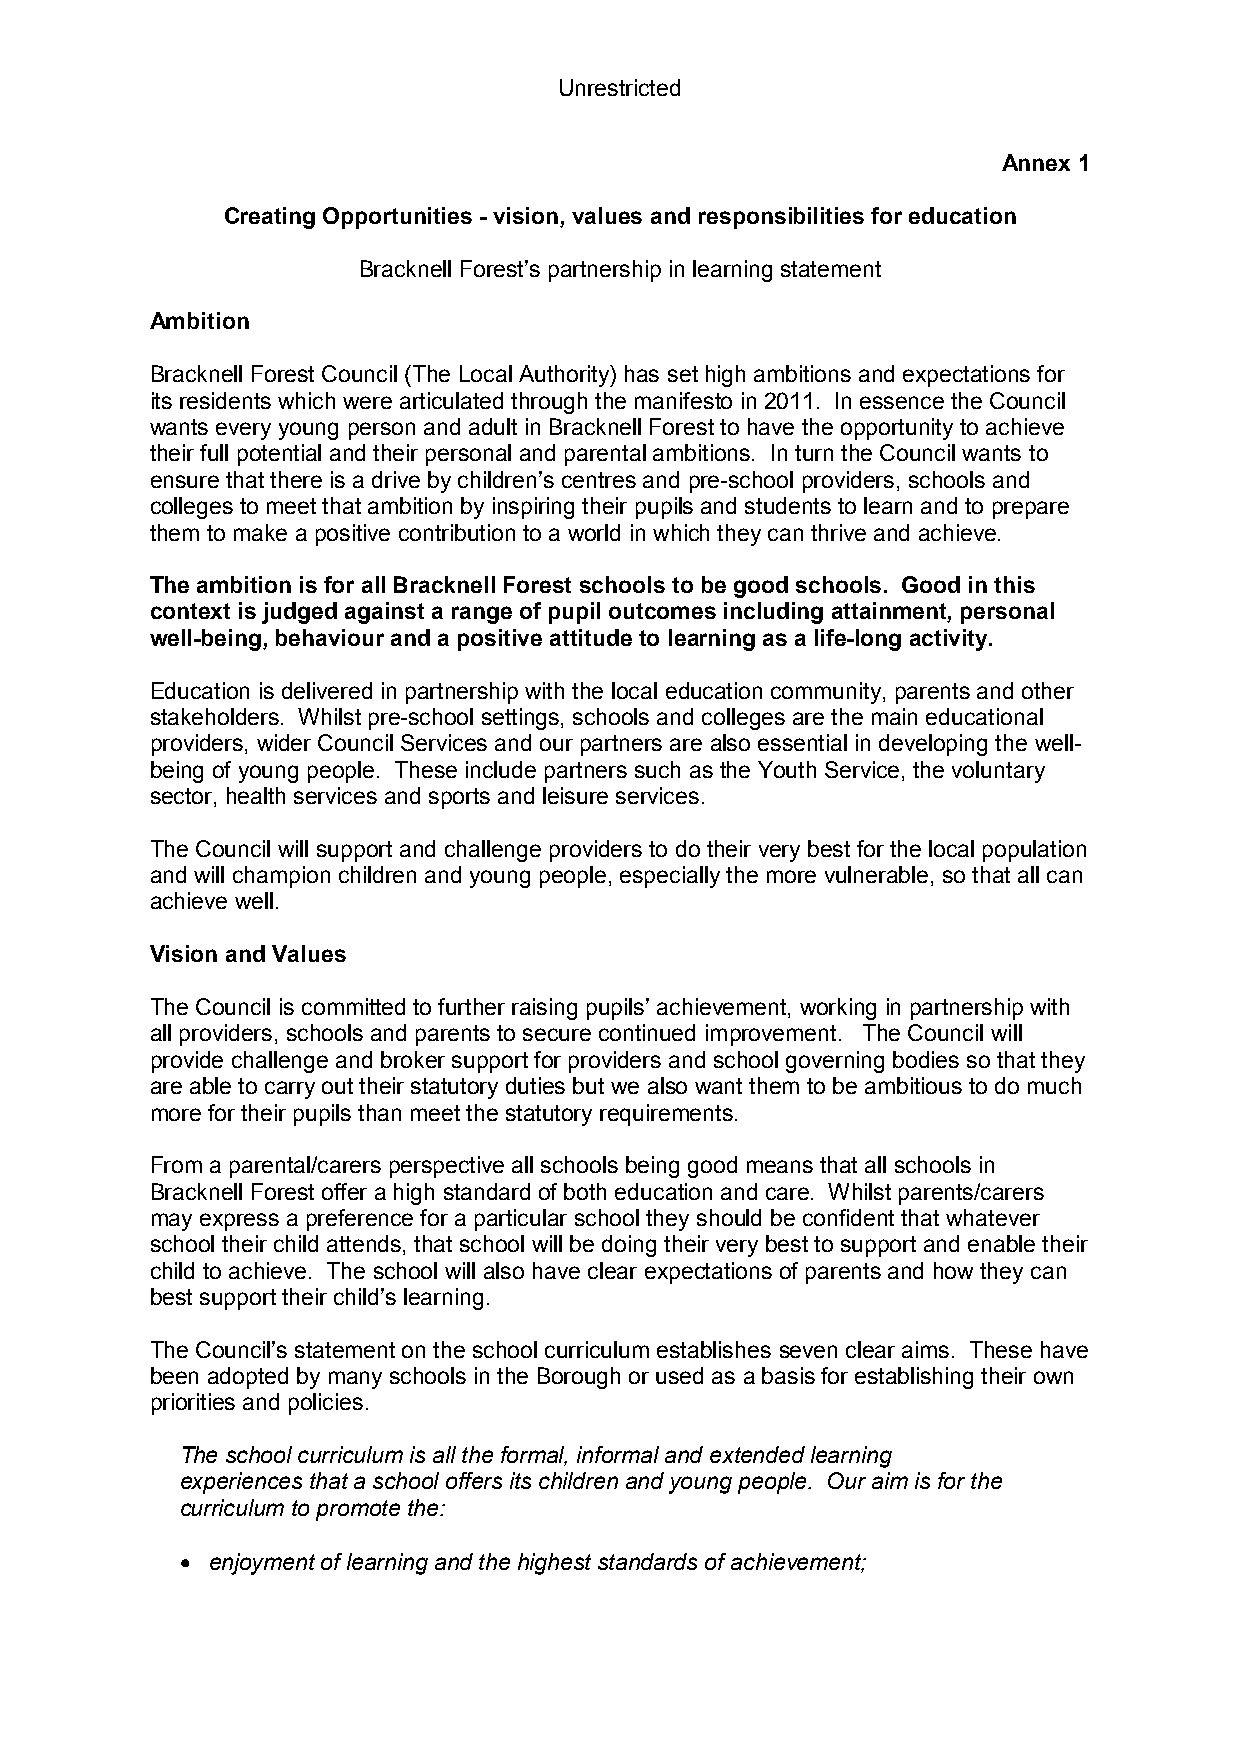
Unrestricted
 Annex 1
 Creating Opportunities - vision, values and responsibilities for education
 Bracknell Forest’s partnership in learning statement
 Ambition
 Bracknell Forest Council (The Local Authority) has set high ambitions and expectations for
 its residents which were articulated through the manifesto in 2011. In essence the Council
 wants every young person and adult in Bracknell Forest to have the opportunity to achieve
 their full potential and their personal and parental ambitions. In turn the Council wants to
 ensure that there is a drive by children’s centres and pre-school providers, schools and
 colleges to meet that ambition by inspiring their pupils and students to learn and to prepare
 them to make a positive contribution to a world in which they can thrive and achieve.
 The ambition is for all Bracknell Forest schools to be good schools. Good in this
 context is judged against a range of pupil outcomes including attainment, personal
 well-being, behaviour and a positive attitude to learning as a life-long activity.
 Education is delivered in partnership with the local education community, parents and other
 stakeholders. Whilst pre-school settings, schools and colleges are the main educational
 providers, wider Council Services and our partners are also essential in developing the well-
 being of young people. These include partners such as the Youth Service, the voluntary
 sector, health services and sports and leisure services.
 The Council will support and challenge providers to do their very best for the local population
 and will champion children and young people, especially the more vulnerable, so that all can
 achieve well.
 Vision and Values
 The Council is committed to further raising pupils’ achievement, working in partnership with
 all providers, schools and parents to secure continued improvement. The Council will
 provide challenge and broker support for providers and school governing bodies so that they
 are able to carry out their statutory duties but we also want them to be ambitious to do much
 more for their pupils than meet the statutory requirements.
 From a parental/carers perspective all schools being good means that all schools in
 Bracknell Forest offer a high standard of both education and care. Whilst parents/carers
 may express a preference for a particular school they should be confident that whatever
 school their child attends, that school will be doing their very best to support and enable their
 child to achieve. The school will also have clear expectations of parents and how they can
 best support their child’s learning.
 The Council’s statement on the school curriculum establishes seven clear aims. These have
 been adopted by many schools in the Borough or used as a basis for establishing their own
 priorities and policies.
 The school curriculum is all the formal, informal and extended learning
 experiences that a school offers its children and young people. Our aim is for the
 curriculum to promote the:
 • enjoyment of learning and the highest standards of achievement;